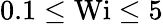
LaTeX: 0.1\le\textrm{Wi}\le 5